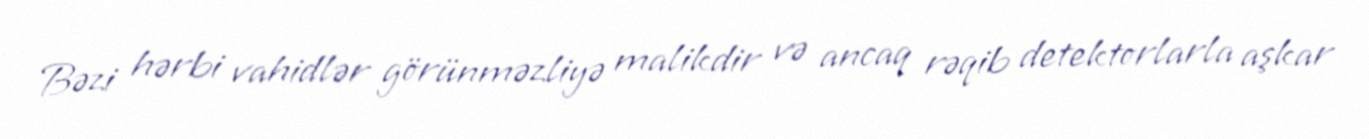
Bəzi hərbi vahidlər görünməzliyə malikdir və ancaq rəqib detektorlarla aşkar